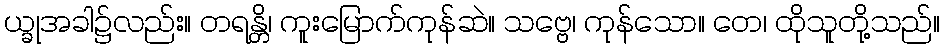
ယ္ခုအခါ၌လည်း။ တရန္တိ၊ ကူးမြောက်ကုန်ဆဲ။ သဗ္ဗေ၊ ကုန်သော။ တေ၊ ထိုသူတို့သည်။